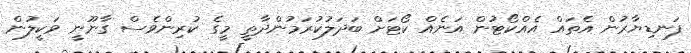
ފަނޑިޔާރުން އެތައް އެއްކޯޓުން އަނެއް ކޯޓަށް ބަދަލުކުރަމުންދާތީ މީގެ ކުރިންވެސް ގާނޫނީ ވަކީލުން